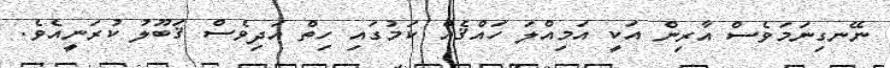
ނޭނގިނަމަވެސް އާރިން އަކީ އަމިއްލަ ހައްޤެއް ކަމުގައި ހިތް އަދިވެސް ޤަބޫލު ކުރަނީއެވެ.